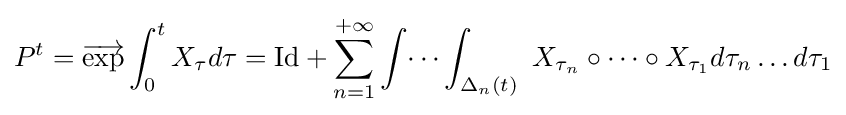
P^{t}={\overrightarrow {\mathrm {exp} }}\int _{0}^{t}X_{\tau }d\tau =\mathrm {Id} +\sum _{n=1}^{+\infty }\int \dots \int _{\Delta _{n}(t)}\ X_{\tau _{n}}\circ \dots \circ X_{\tau _{1}}d\tau _{n}\dots d\tau _{1}